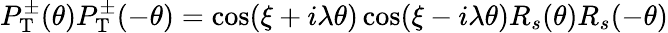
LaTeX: P_{\mathrm{T}}^{\pm}(\theta)P_{\mathrm{T}}^{\pm}(-\theta)=\cos(\xi+i\lambda\theta)\cos(\xi-i\lambda\theta)R_{s}(\theta)R_{s}(-\theta)